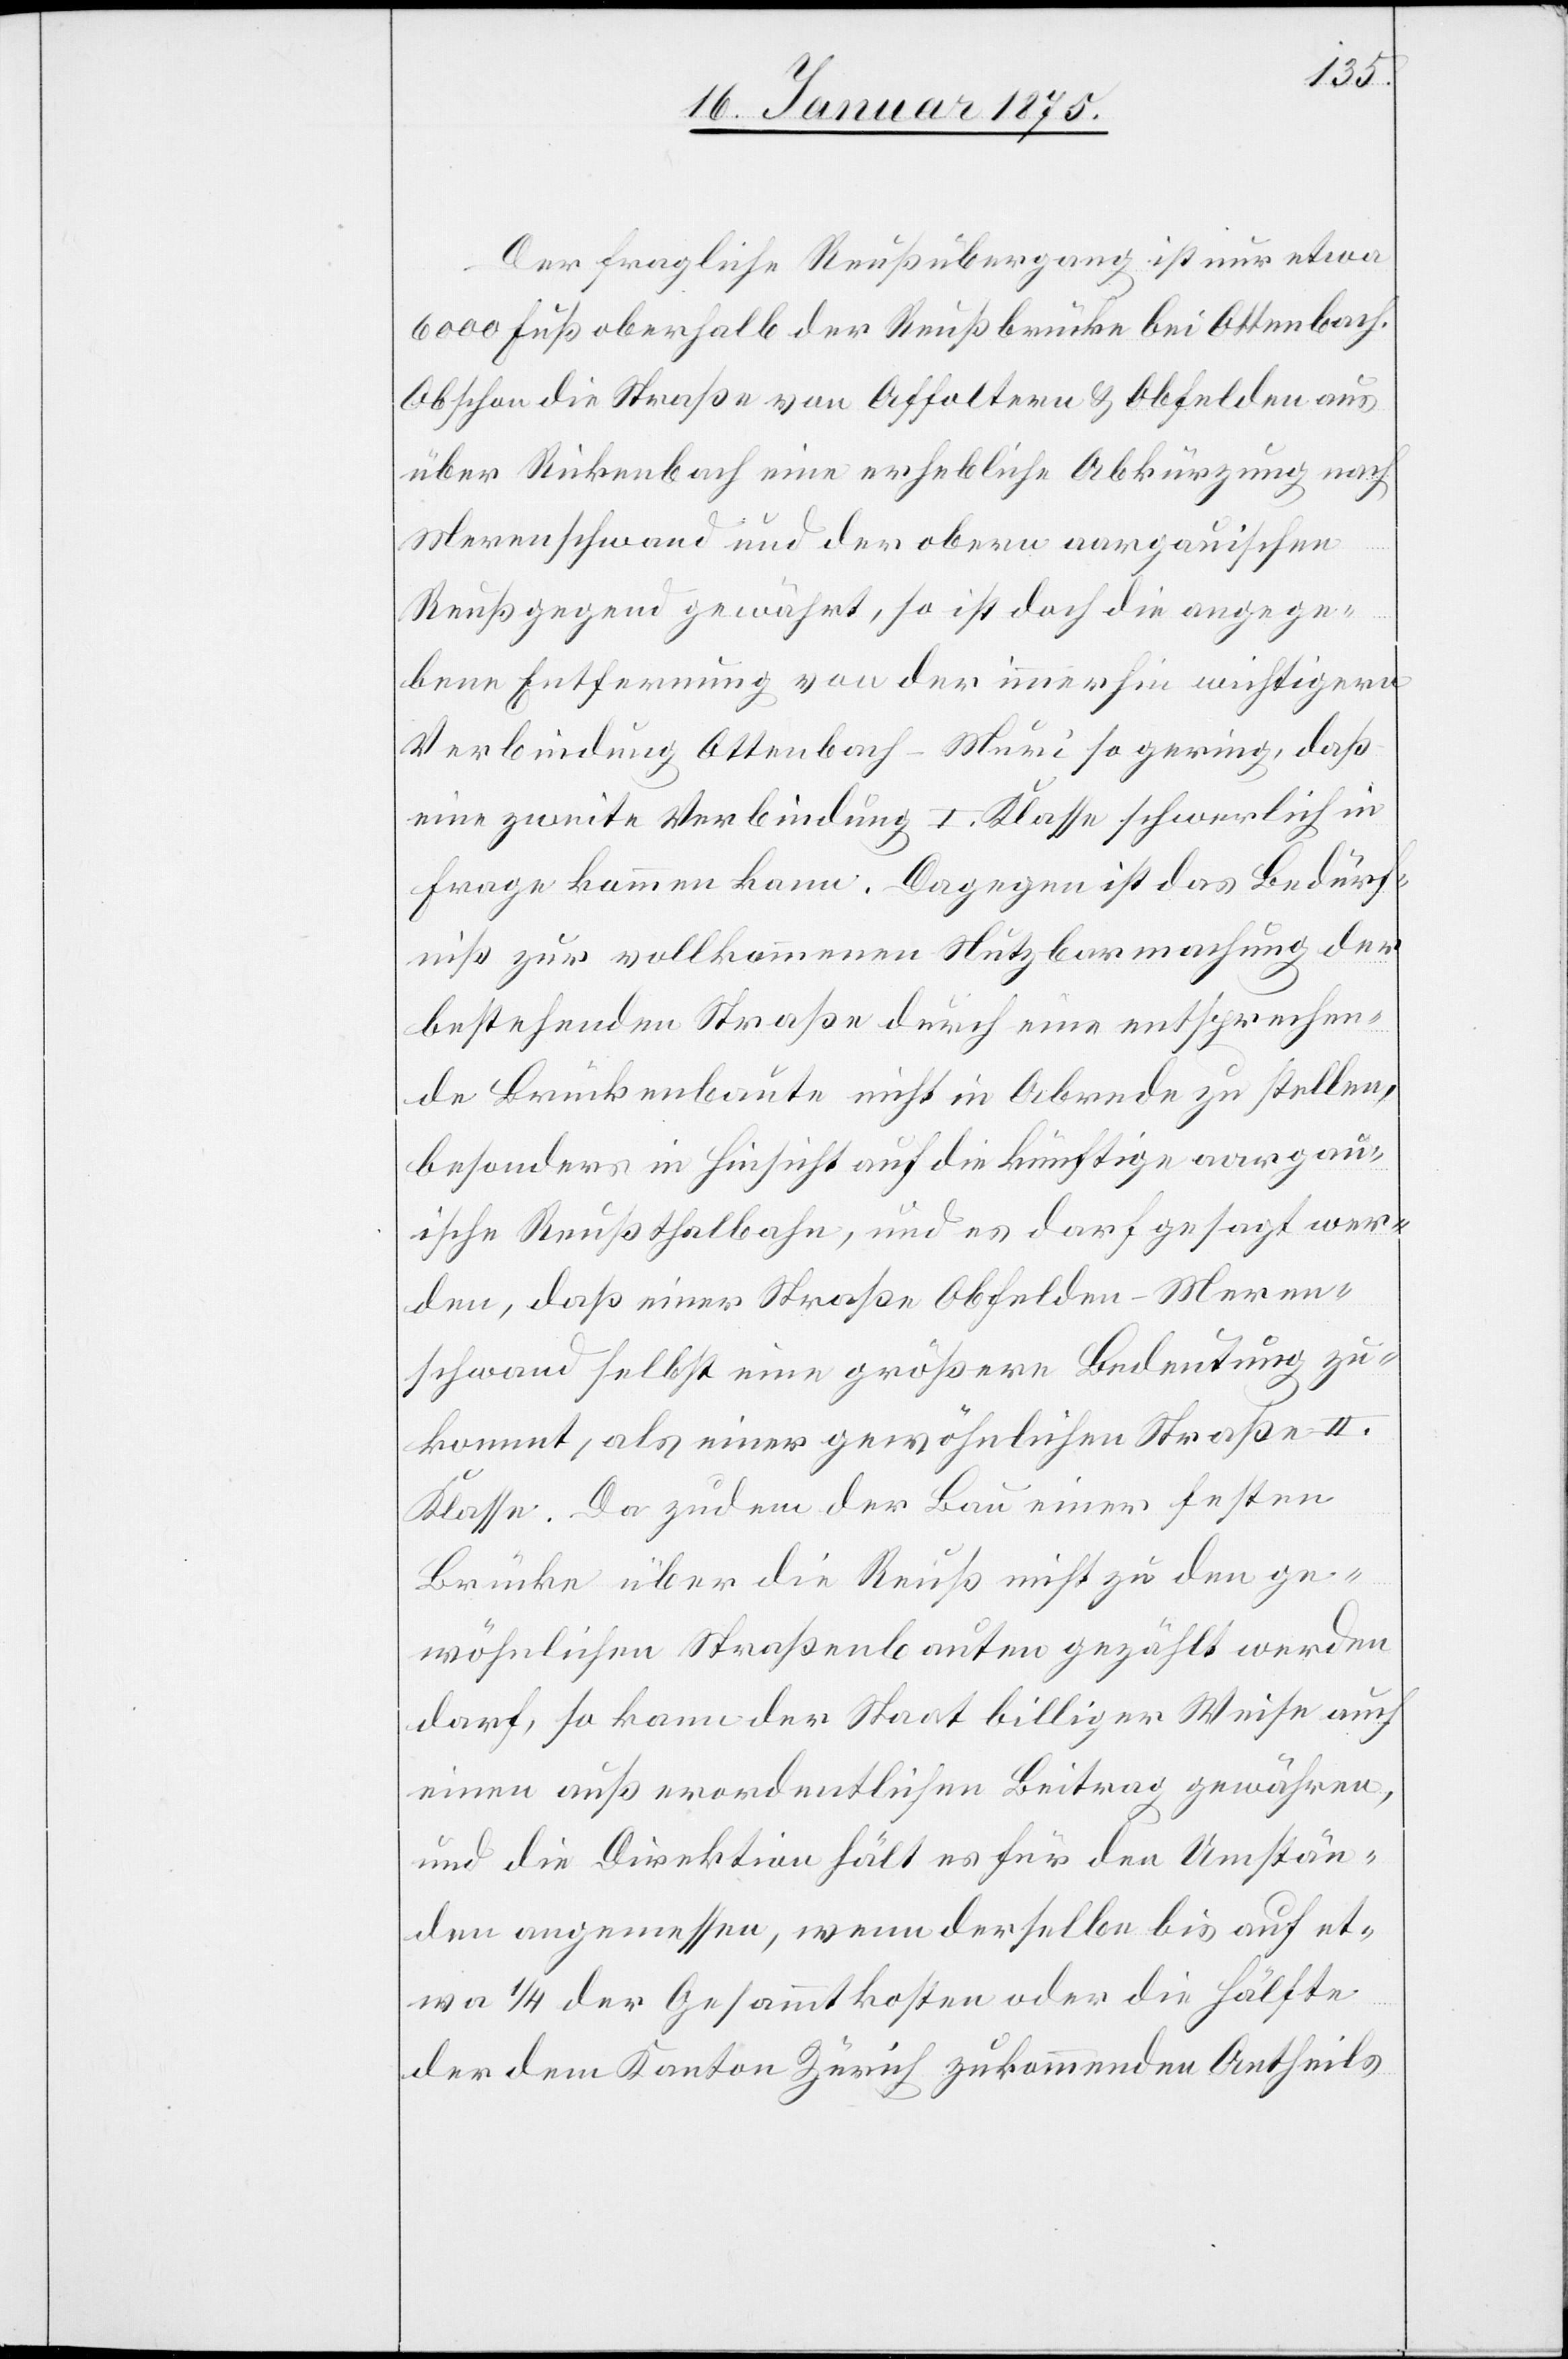
Der fragliche Reußübergang ist nur etwa
6000 Fuß oberhalb der Reußbrücke bei Ottenbach.
Obschon die Straße von Affoltern & Obfelden aus
über Rickenbach eine erhebliche Abkürzung nach
Merenschwand und der obern aargauischen
Reußgegend gewährt, so ist doch die angege¬
bene Entfernung von der immerhin wichtigern
Verbindung Ottenbach-Muri so gering, daß
eine zweite Verbindung I. Klasse schwerlich in
Frage kommen kann. Dagegen ist das Bedürf¬
niß zur vollkommenen Nutzbarmachung der
bestehenden Straße durch eine entsprechen¬
de Brückenbaute nicht in Abrede zu stellen,
besonders in Hinsicht auf die künftige aargau¬
ische Reußthalbahn, und es darf gesagt wer¬
den, daß einer Straße Obfelden-Meren¬
schwand selbst eine größere Bedeutung zu¬
kommt, als einer gewöhnlichen Straße II.
Klasse. Da zudem der Bau einer festen
Brücke über die Reuß nicht zu den ge¬
wöhnlichen Straßenbauten gezählt werden
darf, so kann der Staat billiger Weise auch
einen außerordentlichen Beitrag gewähren,
und die Direktion hält es für den Umstän¬
den angemessen, wenn derselbe bis auf et¬
wa 1/4 der Gesammtkosten oder die Hälfte
der dem Kanton Zürich zukommenden Antheils